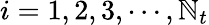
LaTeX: i=1,2,3,\cdots,\mathbb{N}_{t}